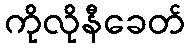
ကိုလိုနီခေတ်